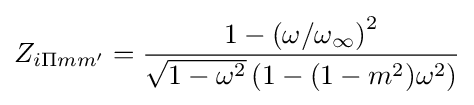
Z_{i\Pi mm'}={\frac {1-\left(\omega /\omega _{\infty }\right)^{2}}{{\sqrt {1-\omega ^{2}}}\left(1-(1-m^{2})\omega ^{2}\right)}}